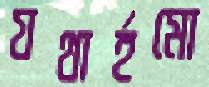
যথার্হমো